画像に写った文字を読んでください
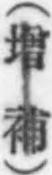
「(增補)」と書いてあります